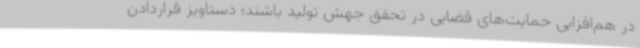
در هم‌افزایی حمایت‌های قضایی در تحقق جهش تولید باشند؛ دستاویز قراردادن